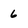
Character: 6